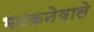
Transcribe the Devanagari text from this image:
भटकनेवाले